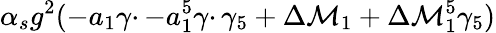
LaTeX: \alpha_{s}g^{2}(-a_{1}\gamma\cdotp-a_{1}^{5}\gamma\cdotp\gamma_{5}+\Delta\mathcal{M}_{1}+\Delta\mathcal{M}_{1}^{5}\gamma_{5})